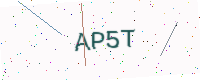
Text: AP5T